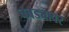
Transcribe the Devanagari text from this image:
चवड्यावर